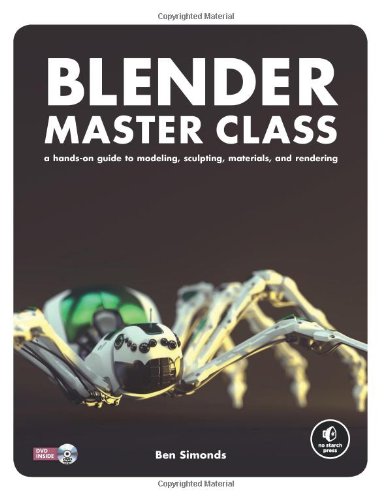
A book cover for Blender Master Class: A Hands-On Guide to Modeling, Sculpting, Materials, and Rendering; Ben Simonds; Computers & Technology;